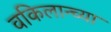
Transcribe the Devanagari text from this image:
वकिलान्च्या